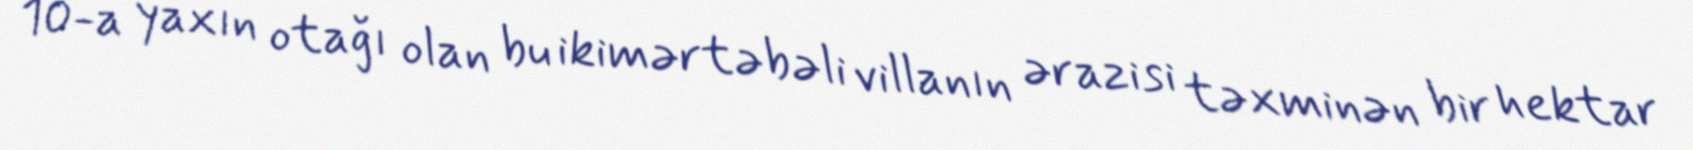
10-a yaxın otağı olan bu ikimərtəbəli villanın ərazisi təxminən bir hektar